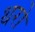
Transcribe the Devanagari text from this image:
थरो